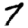
Digit: 7